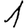
Digit: 1